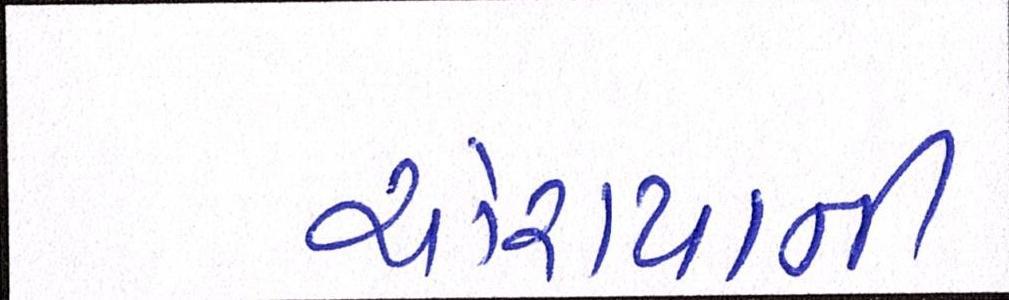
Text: ચોરાયાની